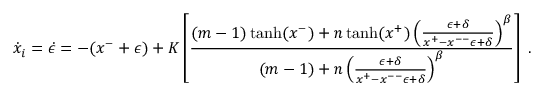
\dot { x } _ { i } = \dot { \epsilon } = - ( x ^ { - } + \epsilon ) + K \left[ \frac { ( m - 1 ) \operatorname { t a n h } ( x ^ { - } ) + n \operatorname { t a n h } ( x ^ { + } ) \left( \frac { \epsilon + \delta } { x ^ { + } - x ^ { -- } \epsilon + \delta } \right) ^ { \beta } } { ( m - 1 ) + n \left( \frac { \epsilon + \delta } { x ^ { + } - x ^ { -- } \epsilon + \delta } \right) ^ { \beta } } \right] \; .